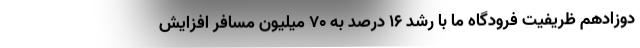
دوزادهم ظریفیت فرودگاه ما با رشد ۱۶ درصد به ۷۰ میلیون مسافر افزایش